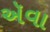
ઍવા